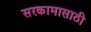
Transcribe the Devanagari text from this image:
सरकामासाठी